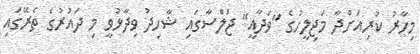
މިހާރު ކުރިއަށްދާ މަޖިލީހުގެ "ވަދާއީ" ޖަލްސާގައި ޝާހިދު ވިދާޅުވީ މި ދައުރުގެ ތެރޭގައި